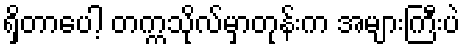
ရှိတာပေါ့ တက္ကသိုလ်မှာတုန်းက အများကြီးပဲ